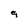
Character: g